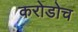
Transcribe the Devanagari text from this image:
करोडोच